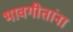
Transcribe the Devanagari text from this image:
भावगीतांना